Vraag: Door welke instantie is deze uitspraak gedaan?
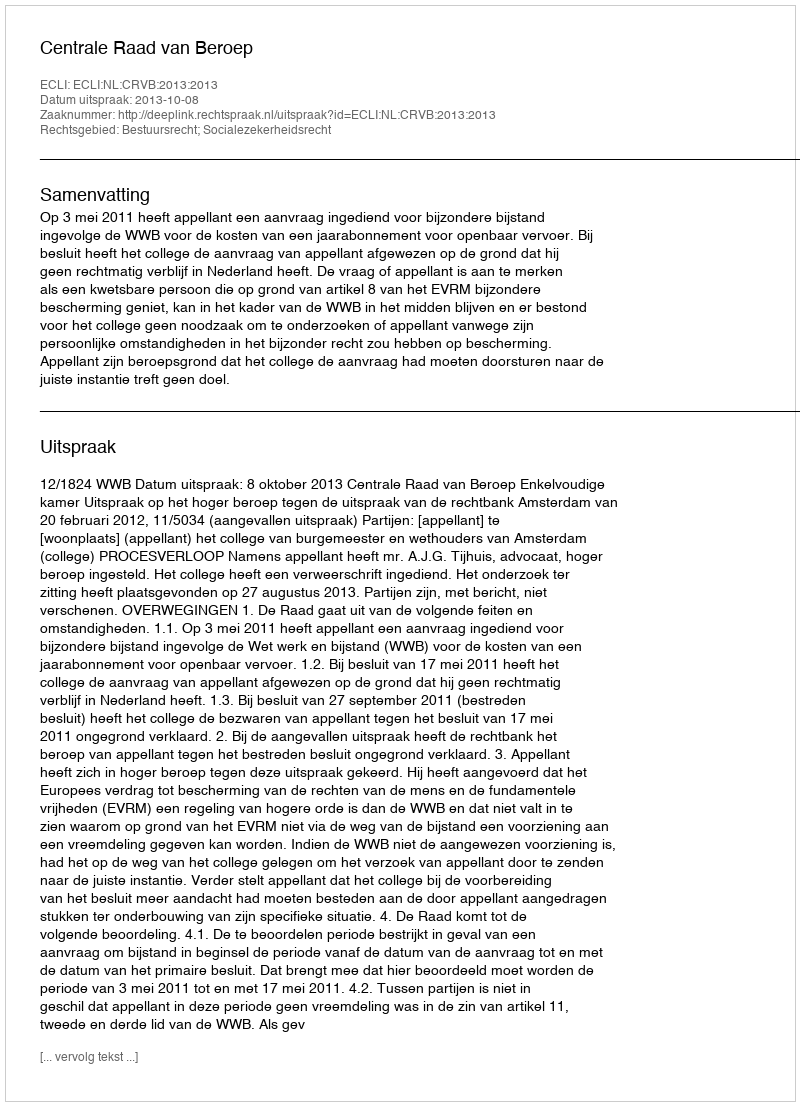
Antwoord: Centrale Raad van Beroep